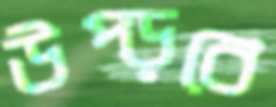
উপ্‌ড়বে